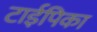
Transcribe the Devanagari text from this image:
टाईपिका